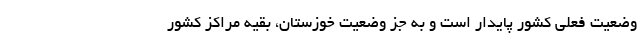
وضعیت فعلی کشور پایدار است و به جز وضعیت خوزستان، بقیه مراکز کشور